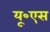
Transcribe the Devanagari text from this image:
यू॰एस